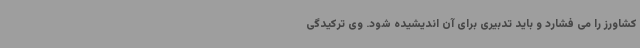
کشاورز را می فشارد و باید تدبیری برای آن اندیشیده شود. وی ترکیدگی